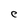
Character: C